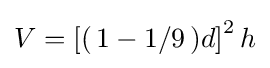
V=\left[\right(1-1/9\left)d\right]^{2}h